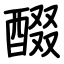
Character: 醊